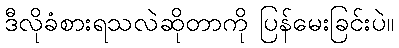
ဒီလိုခံစားရသလဲဆိုတာကို ပြန်မေးခြင်းပဲ။